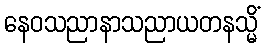
နေဝသညာနာသညာယတနသ္မိံ